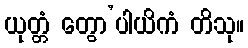
ယုတ္တံ တွော’ပါယိကံ တိသု။